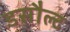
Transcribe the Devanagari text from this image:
डसौल्ट